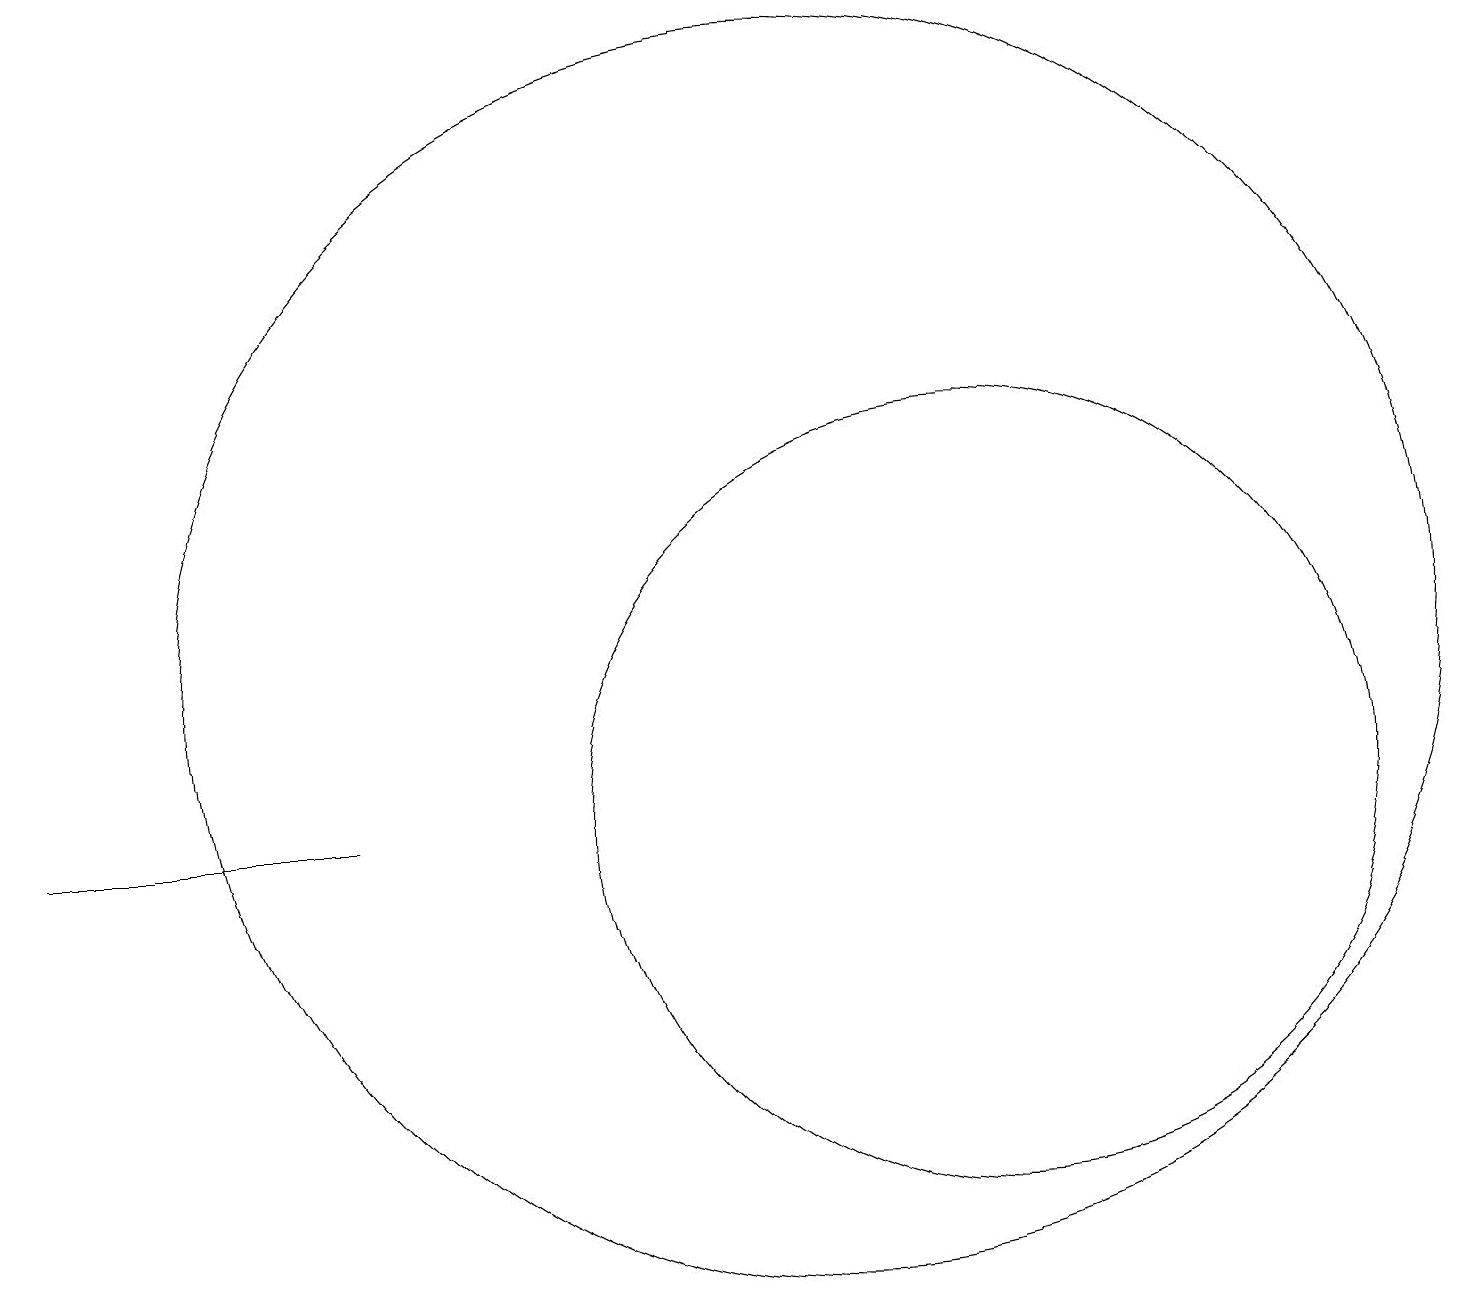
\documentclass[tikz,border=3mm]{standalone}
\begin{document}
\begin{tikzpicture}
\draw (11,11) circle (0);
\draw (4,10) rectangle (0,10);
\draw (10,12) circle (8);
\draw (12,10) circle (5);
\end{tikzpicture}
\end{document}